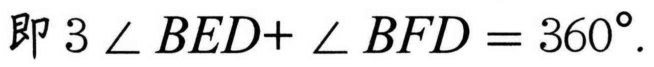
即 \(3\angle BED + \angle BFD = 360^{\circ}\).